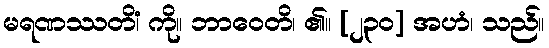
မရဏဿတိံ၊ ကို။ ဘာဝေတိ၊ ၏။ [၂၃၀] အဟံ၊ သည်။